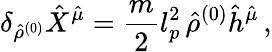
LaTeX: \delta_{{\hat{\rho}}^{(0)}}{\hat{X}}^{\hat{\mu}}=\frac{m}{2}l_{p}^{2}\, {\hat{\rho}}^{(0)}{\hat{h}}^{\hat{\mu}}\, ,